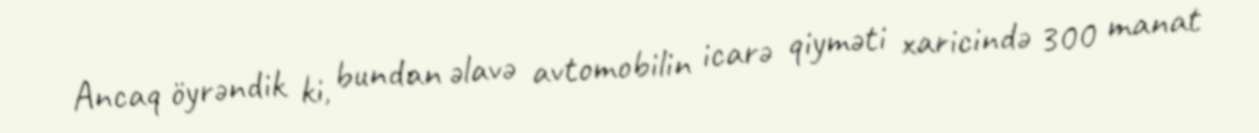
Ancaq öyrəndik ki, bundan əlavə avtomobilin icarə qiyməti xaricində 300 manat